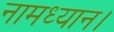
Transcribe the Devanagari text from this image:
नामध्यान।